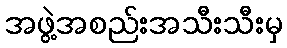
အဖွဲ့အစည်းအသီးသီးမှ